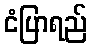
ငံပြာရည်